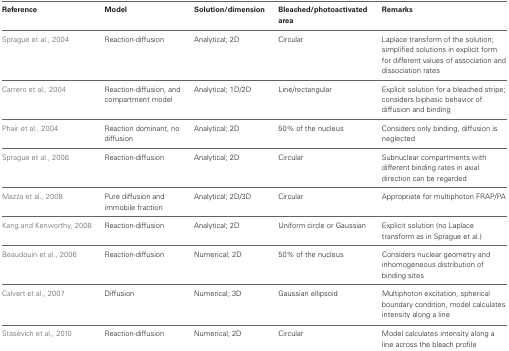
| Reference | Model | Solution/dimension | Bleached/photoactivated area | Remarks |
 | --- | --- | --- | --- | --- |
 | Sprague et al., 2004 | Reaction-diffusion | Analytical; 2D | Circular | Laplace transform of the solution; simplified solutions in explicit form for different values of association and dissociation rates |
 | Carrero et al., 2004 | Reaction-diffusion, and compartment model | Analytical; 1D/2D | Line/rectangular | Explicit solution for a bleached stripe; considers biphasic behavior of diffusion and binding |
 | Phair et al., 2004 | Reaction dominant, no diffusion | Analytical; 2D | 50% of the nucleus | Considers only binding, diffusion is neglected |
 | Sprague et al., 2006 | Reaction-diffusion | Analytical; 2D | Circular | Subnuclear compartments with different binding rates in axial direction can be regarded |
 | Mazza et al., 2008 | Pure diffusion and immobile fraction | Analytical; 2D/3D | Circular | Appropriate for multiphoton FRAP/PA |
 | Kang and Kenworthy, 2008 | Reaction-diffusion | Analytical; 2D | Uniform circle or Gaussian | Explicit solution (no Laplace transform as in Sprague et al.) |
 | Beaudouin et al., 2006 | Reaction-diffusion | Numerical; 2D | 50% of the nucleus | Considers nuclear geometry and inhomogeneous distribution of binding sites |
 | Calvert et al., 2007 | Diffusion | Numerical; 3D | Gaussian ellipsoid | Multiphoton excitation, spherical boundary condition, model calculates intensity along a line |
 | Stasevich et al., 2010 | Reaction-diffusion | Numerical; 2D | Circular | Model calculates intensity along a line across the bleach profile |